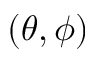
( \theta , \phi )